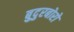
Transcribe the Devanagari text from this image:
बुदुरबोरो